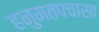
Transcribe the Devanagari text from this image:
हनुमतपचासा